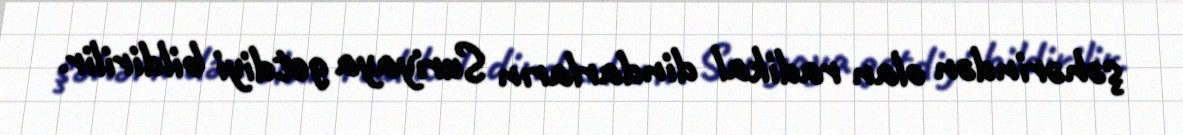
şəhərindən olan radikal dindarların Suriyaya getdiyi bildirilir.